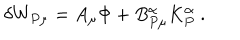
\delta W _ { P \mu } = A _ { \mu } \Phi + B _ { P \mu } ^ { \alpha } K _ { P } ^ { \alpha } \ .